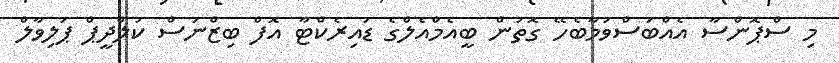
މި ސްޕޮންސާ އެއްބަސްވުމާބެހޭ ގޮތުން ބީއެމްއެލްގެ ޑައިރެކްޓާ އޮފް ބިޒްނަސް ކުލްދީޕް ޕަލިވާލް